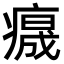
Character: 𤺁